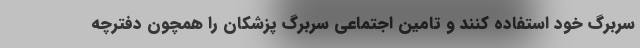
سربرگ خود استفاده کنند و تامین اجتماعی سربرگ پزشکان را همچون دفترچه